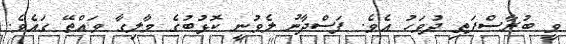
ވީ ބުރާސްފަތި ދުވަހު އެވެ. ފަސްދާނު ލެވުނީ ކޮޅުބުގެ މާލިގާ ވައްތޭ ގައެވެ.